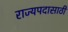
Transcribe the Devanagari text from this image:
राज्यपदासाठी